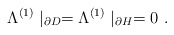
\begin{align*}\Lambda ^{(1)}\mid _{\partial D}=\Lambda ^{(1)}\mid _{\partial H}=0\ .\end{align*}